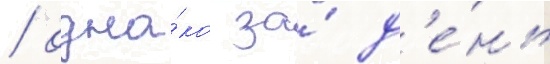
/ одна́ко за́ д'е́нь